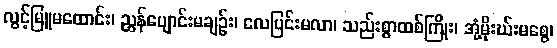
လွင့်မြူမထောင်း၊ ညွန်ပျောင်းမချဉ်း၊ လေပြင်းမလာ၊ သည်းစွာထစ်ကြိုး၊ အုံ့မိုးဃ်းမစွေ၊